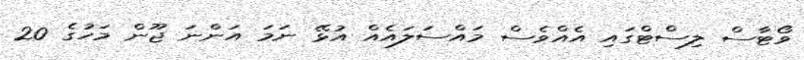
ވޯޓާސް ލިސްޓްގައި އެއްވެސް މައްސަލައެއް އުޅޭ ނަމަ އަންނަ ޖޫން މަހުގެ 20